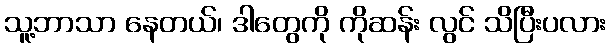
သူ့ဘာသာ နေတယ်၊ ဒါတွေကို ကိုဆန်း လွင် သိပြီးပလား